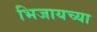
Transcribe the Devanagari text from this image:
भिजायच्या